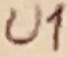
Text: U1